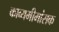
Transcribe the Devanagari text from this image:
काव्यमीमांसक